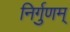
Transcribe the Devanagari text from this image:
निर्गुणम्